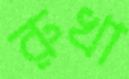
রুখা